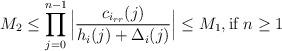
LaTeX: \begin{align*}M_{2}\leq \prod\limits_{j=0}^{n-1}\Big|\frac{c_{i_{rr}}(j)}{h_{i}(j)+\Delta_{i}(j)}\Big| \leq M_{1}, \textnormal{if $n\geq 1$} \end{align*}